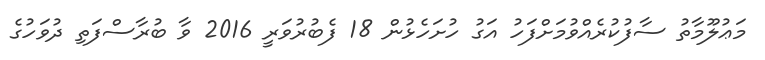
މަޢުލޫމާތު ސާފުކުރެއްވުމަށްފަހު އަގު ހުށަހެޅުން 18 ފެބުރުވަރީ 2016 ވާ ބުރާސްފަތި ދުވަހުގެ